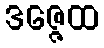
ဒဇ္ဇေထ